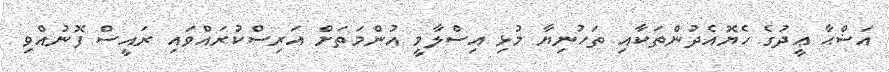
އަޟްޙާ ޢީދުގެ ހެޔޮއެދުންތަކާއި ތަހުނިޔާ މުޅި އިސްލާމީ އުންމަތަށް އަރިސްކުރައްވައި ރައީސް ފޮނުއްވި